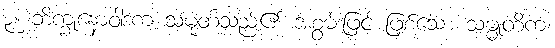
၃။ ဘိက္ခုနောဝါဒက သမုတ်သည်၏ အစွမ်းဖြင့် ဖြစ်သော သမ္မုတိကံ၊